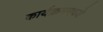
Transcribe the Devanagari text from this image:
कार्यक्रममध्ये